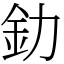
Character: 釛